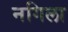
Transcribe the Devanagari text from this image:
नगिला